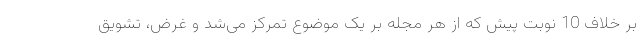
بر خلاف 10 نوبت پیش که از هر مجله بر یک موضوع تمرکز می‌شد و غرض، تشویق